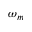
\omega _ { m }